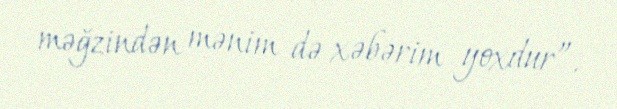
məğzindən mənim də xəbərim yoxdur”.